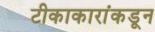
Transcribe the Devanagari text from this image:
टीकाकारांकडून